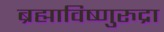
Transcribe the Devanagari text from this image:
ब्रह्माविष्णुरुद्रा